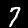
Digit: 7